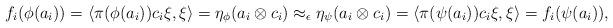
LaTeX: \begin{align*} f_i(\phi(a_i)) = \langle \pi(\phi(a_i)) c_i \xi , \xi \rangle = \eta_\phi(a_i \otimes c_i) \approx_\epsilon \eta_\psi(a_i \otimes c_i) = \langle \pi(\psi(a_i)) c_i \xi , \xi \rangle = f_i(\psi(a_i)), \end{align*}